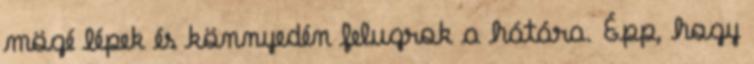
mögé lépek és könnyedén felugrok a hátára. Épp, hogy